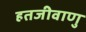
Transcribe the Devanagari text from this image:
हतजीवाणु